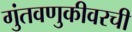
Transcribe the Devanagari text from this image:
गुंतवणुकीवरची